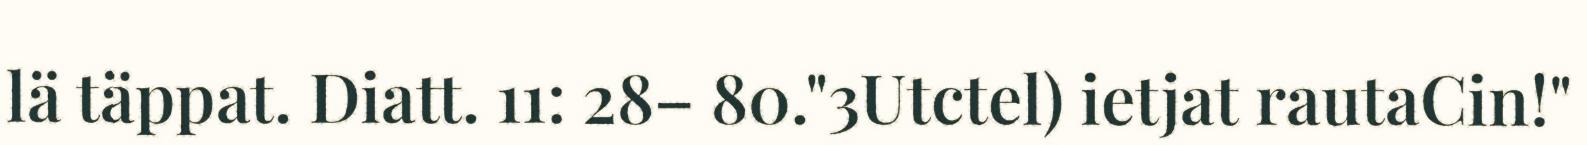
lä täppat. Diatt. 11: 28– 80."3Utctel) ietjat rautaCin!"